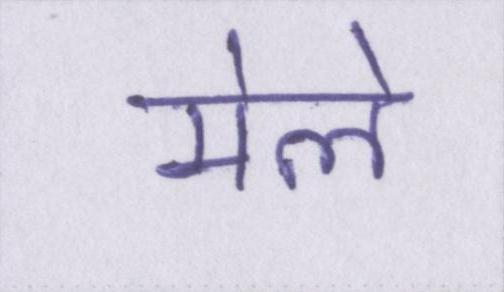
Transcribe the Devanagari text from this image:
मेले